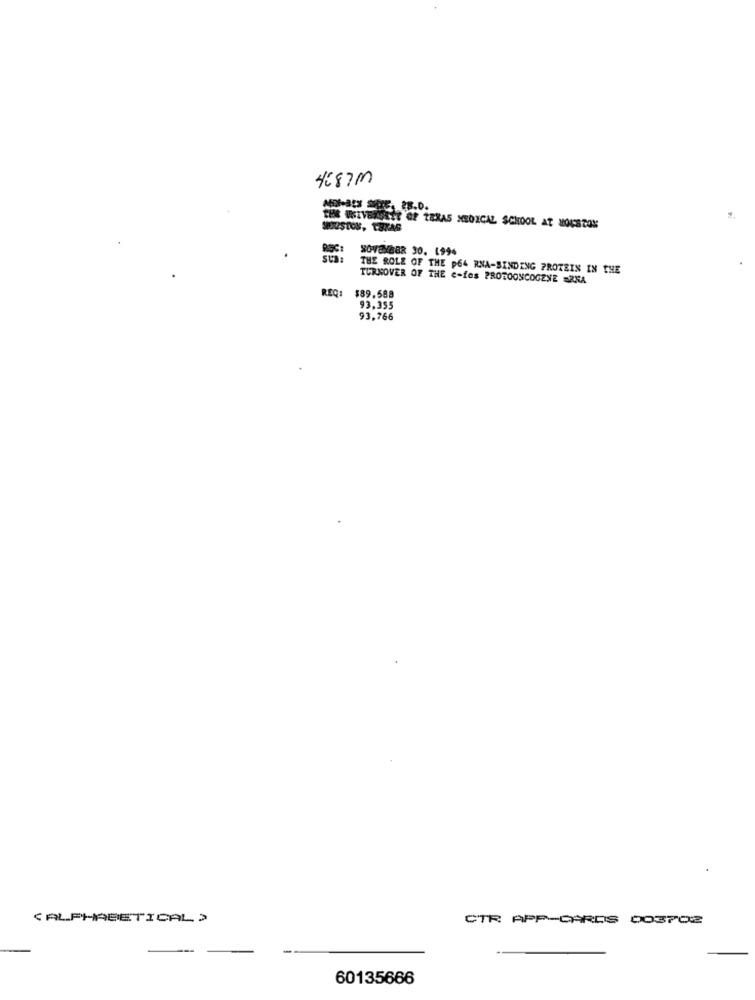
4687M
MONSEY SIDE, 28.0.
THE USIVERSTE OF TERAS MEDICAL SCHOOL AT HOUSTON
NOVEMBER 30. 1994
THE ROLE OF THE P64 RNA-BINDING PROTEIN IN THE
TURNOVER OF THE e-fes PROTOONCOGENE =RNA
REQ:
$89.588
93,355
93,766
<ALPHABETICAL >
CTR APP-CARDS 003702
60135666